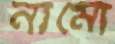
নামো